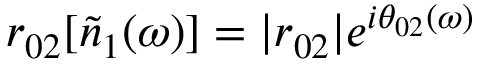
r _ { 0 2 } [ \tilde { n } _ { 1 } ( \omega ) ] = | r _ { 0 2 } | e ^ { i \theta _ { 0 2 } ( \omega ) }